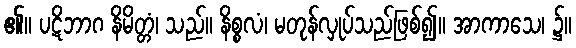
၏။ ပဋိဘာဂ နိမိတ္တံ၊ သည်။ နိစ္စလံ၊ မတုန်လှုပ်သည်ဖြစ်၍။ အာကာသေ၊ ၌။